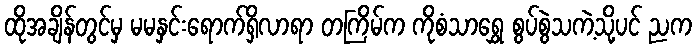
ထိုအချိန်တွင်မှ မမနှင်းရောက်ရှိလာရာ တကြိမ်က ကိုစံသာရွှေ စွပ်စွဲသကဲ့သို့ပင် ညက